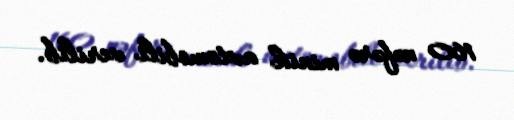
160 nəfərə minik avtomobili verilib.